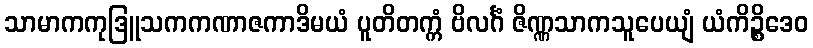
သာမာကကုဒြူသကကဏာဇကာဒိမယံ ပူတိတက္ကံ ဗိလင်္ဂံ ဇိဏ္ဏသာကသူပေယျံ ယံကိဉ္စိဒေဝ